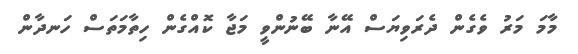
މާމަ މަރު ވެގެން ދެރަވިޔަސް އޭނާ ބޭނުންވީ މަޖާ ކޮއްގެން ހިތާމަތަސް ހަނދާން